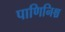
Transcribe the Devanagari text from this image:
पाणिनिश्च